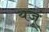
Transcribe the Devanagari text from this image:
यजूं